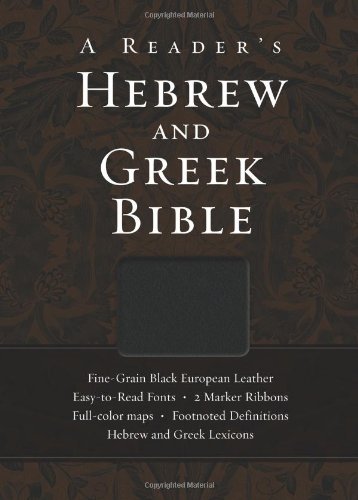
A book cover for A Reader's Hebrew and Greek Bible; A. Philip Brown II; Christian Books & Bibles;